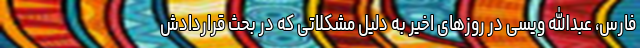
فارس، عبدالله ویسی در روزهای اخیر به دلیل مشکلاتی که در بحث قراردادش